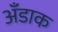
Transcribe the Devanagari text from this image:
अँडाक